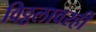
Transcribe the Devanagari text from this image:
विठ्ठलावरही